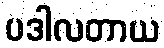
ပဒါလတာယ